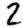
Digit: 2